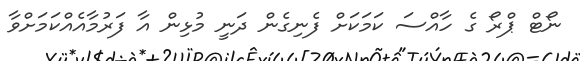
ނޯޓް ޕްރޯ ގެ ހާއްސަ ކަމަކަށް ފެނިގެން ދަނީ މުޅިން އާ ފަރުމާއެއްކަމަށްވާ